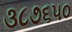
૩૮૭૬૫૦